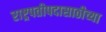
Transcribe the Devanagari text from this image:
राष्ट्रपतीपदासाठीच्या